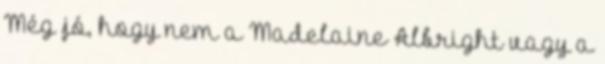
Még jó, hogy nem a Madelaine Albright vagy a